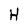
Character: H